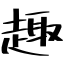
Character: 趣